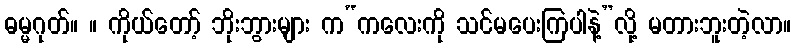
ဓမ္မဂုတ်။ ။ ကိုယ်တော့် ဘိုးဘွားများ က“ကလေးကို သင်မပေးကြပါနဲ့”လို့ မတားဘူးတဲ့လာ။